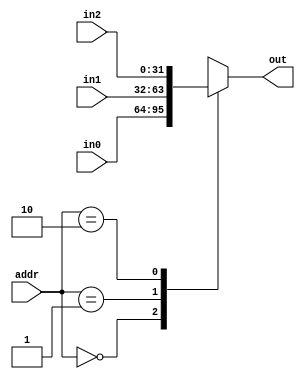
module Mux3to1(out, addr, in0, in1, in2);
parameter inputSize = 32;
output[inputSize-1:0] out;
input[1:0] addr;
input[inputSize-1:0] in0, in1, in2;

wire[inputSize-1:0] inputs [2:0];
assign inputs[0] = in0;
assign inputs[1] = in1;
assign inputs[2] = in2;

assign out = inputs[addr];
endmodule

module Mux2to1(out, addr, in0, in1);
parameter inputSize = 32;
output[inputSize-1:0] out;
input addr;
input[inputSize-1:0] in0, in1;

wire[inputSize-1:0] inputs [1:0];
assign inputs[0] = in0;
assign inputs[1] = in1;

assign out = inputs[addr];
endmodule